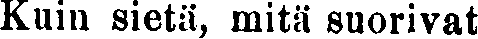
Kuin sietä, mitä suorivat